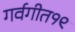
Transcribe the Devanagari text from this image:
गर्वगीत१९